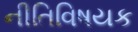
નીતિવિષયક